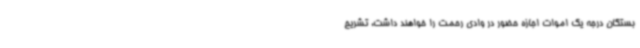
بستگان درجه یک اموات اجازه حضور در وادی رحمت را خواهند داشت، تشریح